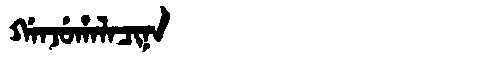
Manchu: ᡤᠠᠨᠵᡠᡥᠠᠯᠠᠴᡳᠨᠠ
Romanization: GANJUHALACINA